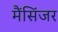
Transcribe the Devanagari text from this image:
मैंसिंजर